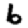
Digit: 6